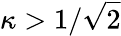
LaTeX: \kappa>1/{\sqrt{2}}